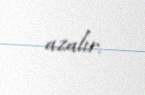
azalır.